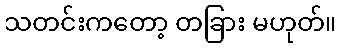
သတင်းကတော့ တခြား မဟုတ်။